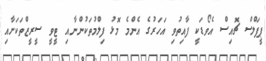
ޕީޕަލްސް ޗޮއިސް އެވޯޑަކީ ފާއިތުވި އަހަރުގެ އެންމެ މޮޅު ފިލްމުތަކުންނާއި ޓީވީ ސީރީޒްތަކަށާއި